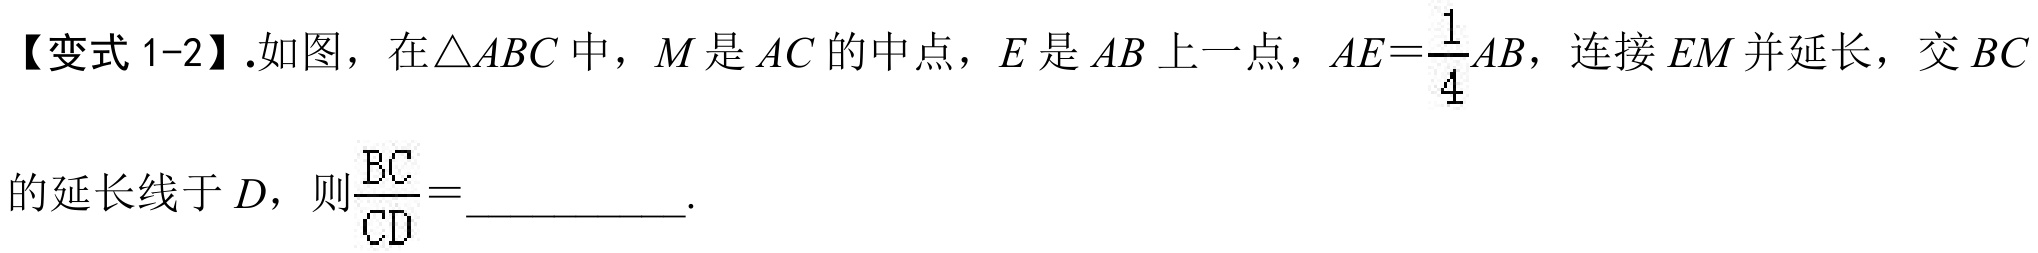
【变式1-2】.如图，在\(\triangle ABC\)中，\(M\)是\(AC\)的中点，\(E\)是\(AB\)上一点，\(AE = \frac{1}{4}AB\)，连接\(EM\)并延长，交\(BC\)的延长线于\(D\)，则\(\frac{BC}{CD} =\)__________.